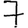
Digit: 7